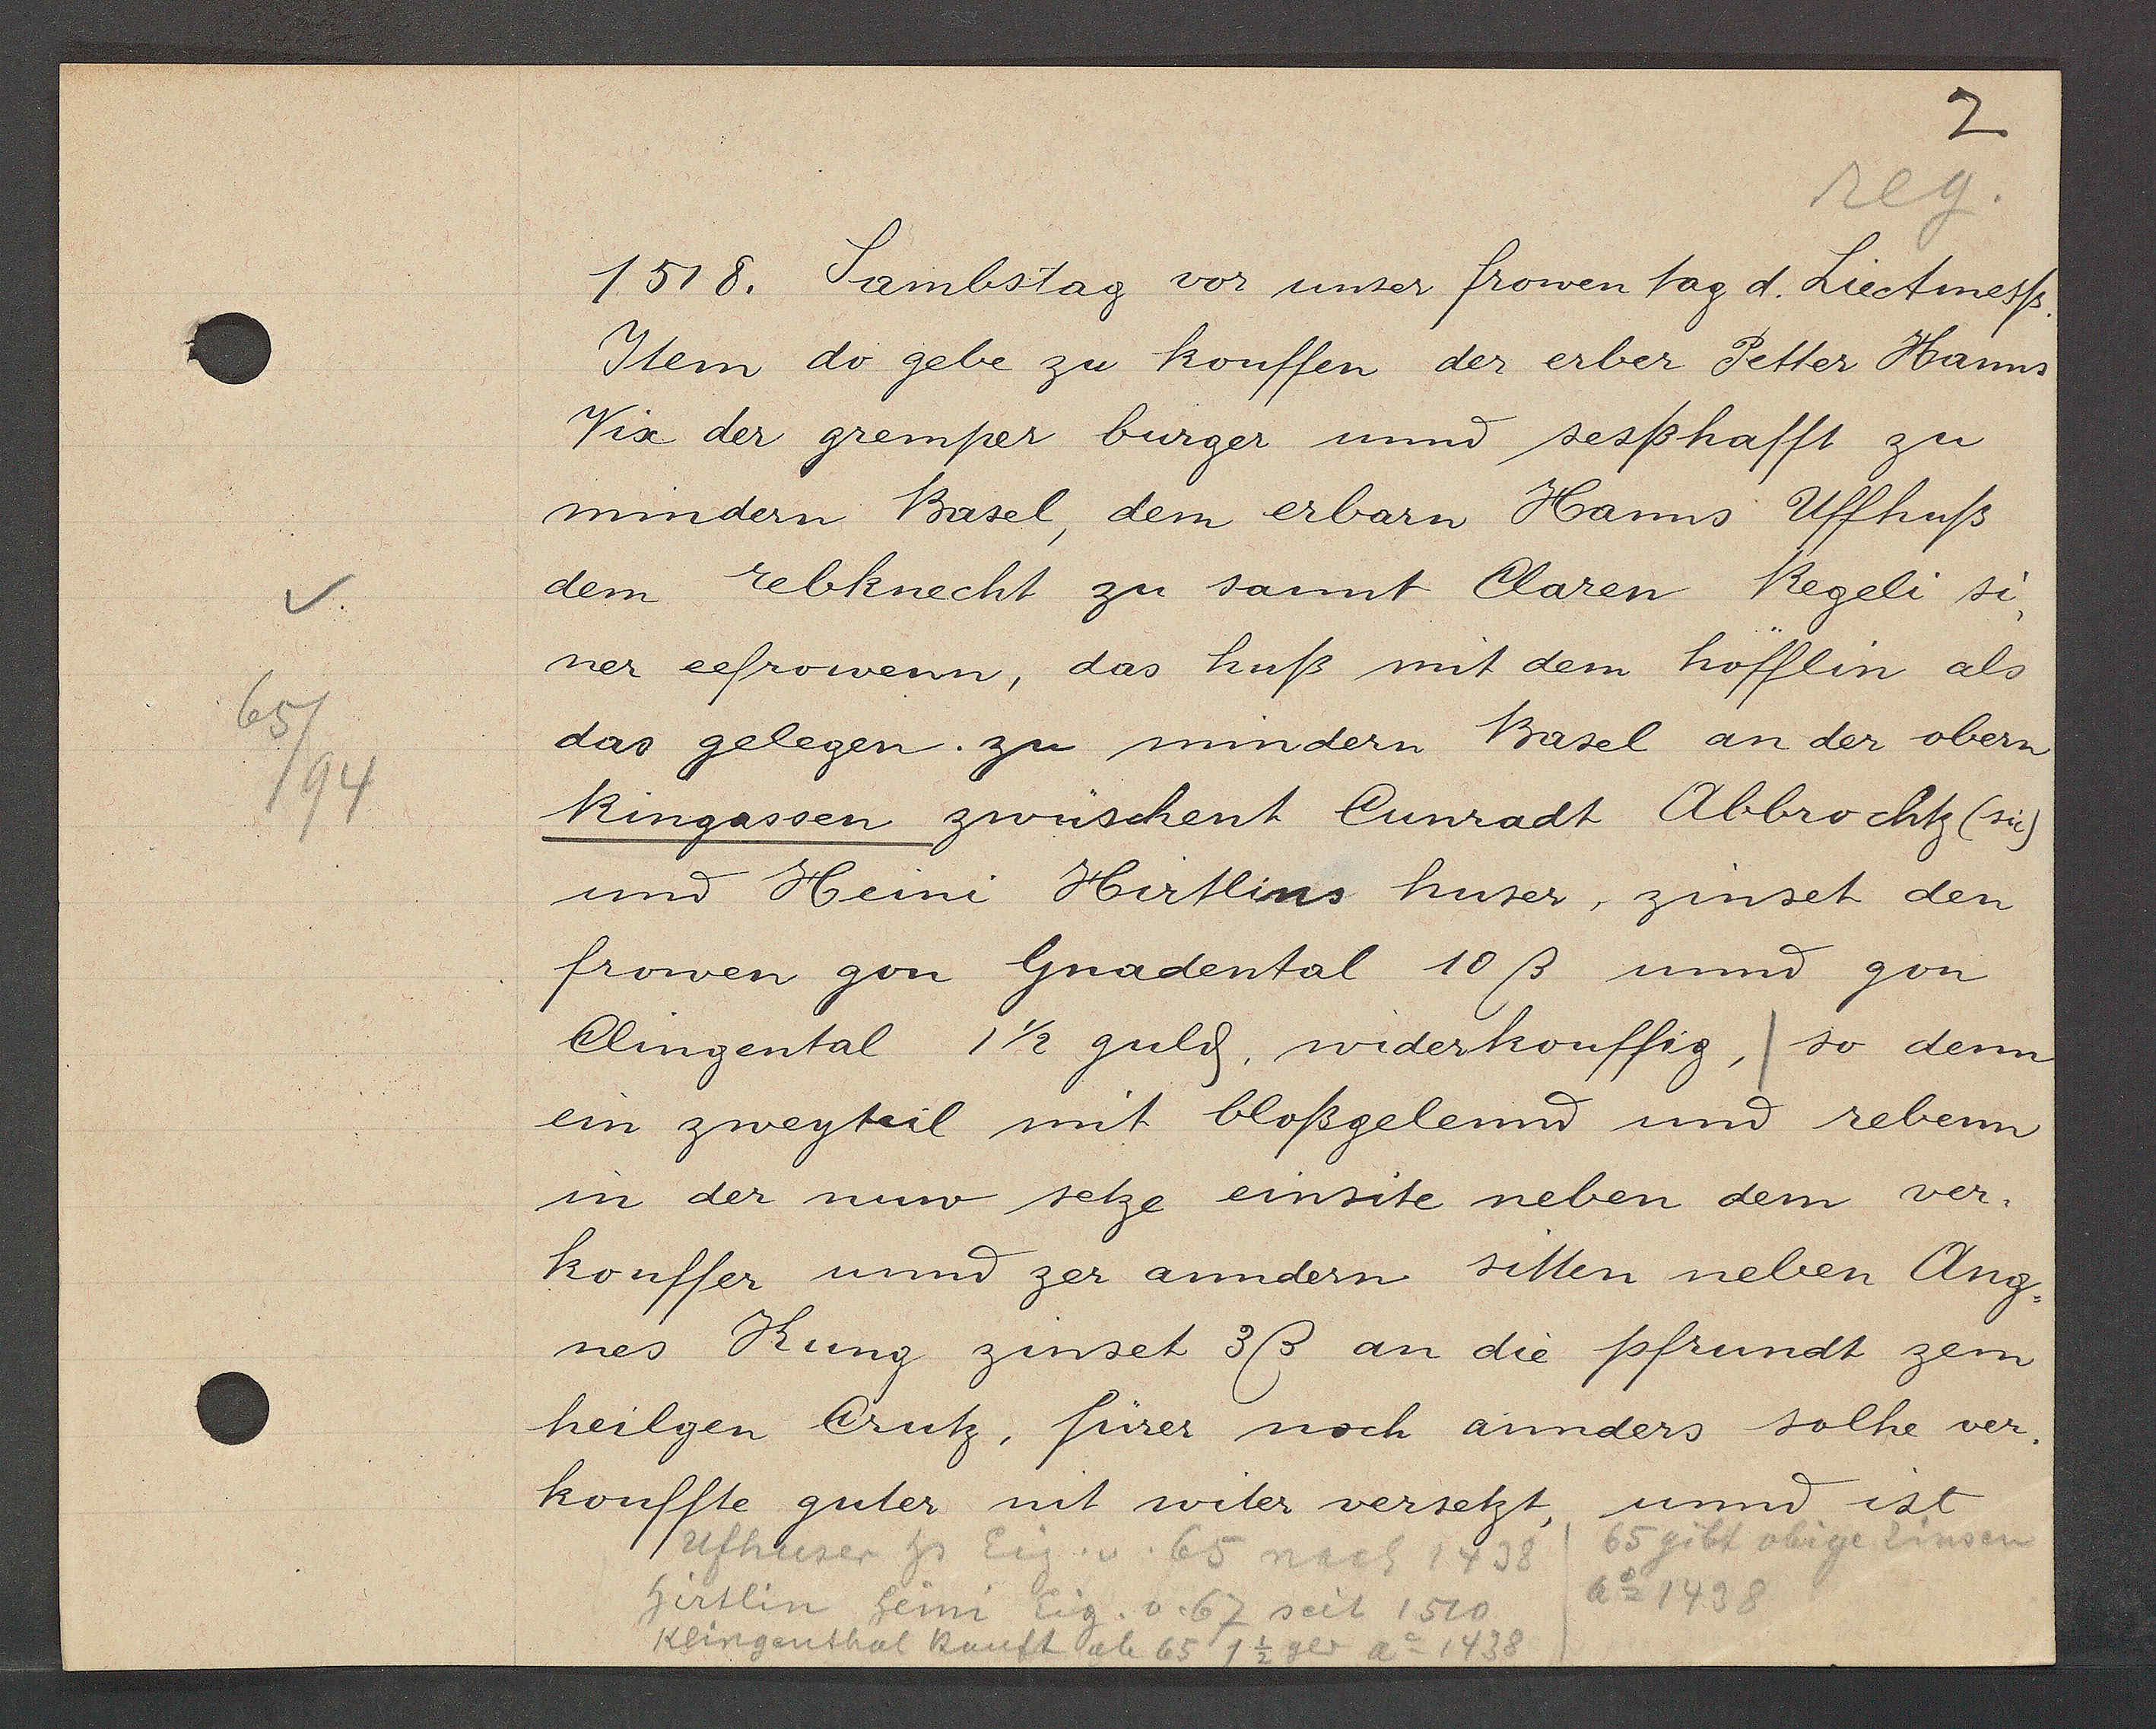
Transcript:
65/94

1518. Sambstag vor unser frowen tag d. Liectmess.

Item do gebe zu kouffen der erber Petter Hanns
Vix der gremper burger unnd sesßhafft zu
mindern Basel, dem erbarn Hanns Uffhuß
dem rebknecht zu sannt Claren Regeli si¬
ner eefrowenn, das huß mit dem höfflin als
das gelegen. zu mindern Basel an der obern
Ringassen zwüschent Cunradt Abbrochtz (sic)
und Heini Hirtlins huser, zinset den
frowen gon Gnadental 10ß und gon
Clingental 1 1/2 guld. widerkouffig, so dem
ein zweyteil mit bloßgelennd und rebenn
in der nuw setze einsite neben dem ver¬
kouffer und zer anndern sitten neben Ang¬
nes Kung zinset 3ß an die pfrundt zem
heilgen Crutz, fürer noch annders solhe ver¬
kouffte guter mit witer versetzt, und ist

65 gibt obige Zinsen
Ufhuser hs Eig. v. 65 nach 1438
Ao 1438
hirtlin heini Eig. v. 67 seit 1510
Klingenthal kauft ab 65 1 1/2 ger ao 1438